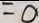
= 0